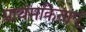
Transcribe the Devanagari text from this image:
प्राथमकिताएं